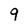
Character: 9